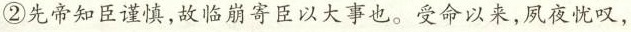
②先帝知臣谨慎，故临崩寄臣以大事也。受命以来，夙夜忧叹，